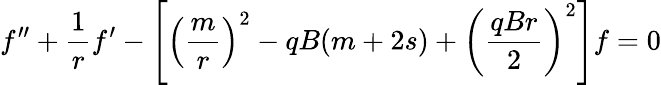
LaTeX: f^{\prime\prime}+\frac{1}{r}f^{\prime}-\left[\left(\frac{m}{r}\right)^{2}-qB(m+2s)+\left(\frac{qBr}{2}\right)^{2}\right]f=0